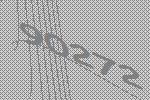
90272